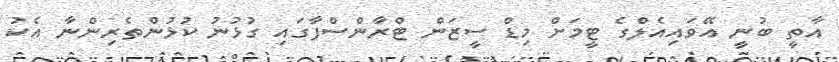
އާތީ ބުނީ އޭވައިއެލްގެ ޓީމަށް މިޑް ސީޒަން ޓްރާންސްފާގައި ގުޅުނު ކުޅުންތެރިންނާ އެކު